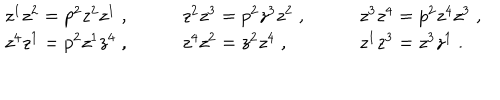
LaTeX: \begin{array} { l l l } { { z ^ { 1 } z ^ { 2 } = p ^ { 2 } z ^ { 2 } z ^ { 1 } \; , \qquad } } & { { z ^ { 2 } z ^ { 3 } = p ^ { 2 } z ^ { 3 } z ^ { 2 } \; , \qquad } } & { { z ^ { 3 } z ^ { 4 } = p ^ { 2 } z ^ { 4 } z ^ { 3 } \; , } } \\ { { z ^ { 4 } z ^ { 1 } = p ^ { 2 } z ^ { 1 } z ^ { 4 } \; , \qquad } } & { { z ^ { 4 } z ^ { 2 } = z ^ { 2 } z ^ { 4 } \; , \qquad } } & { { z ^ { 1 } z ^ { 3 } = z ^ { 3 } z ^ { 1 } \; . } } \\ \end{array}